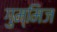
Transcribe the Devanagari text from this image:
गुम्मिज